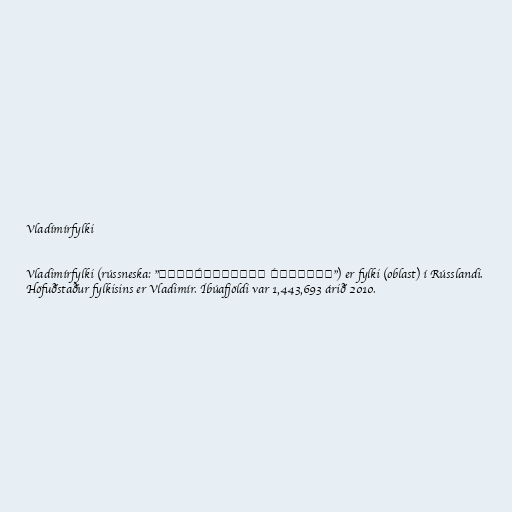
Vladímírfylki

Vladimírfylki (rússneska: "Влади́мирская о́бласть") er fylki (oblast) í Rússlandi.
Höfuðstaður fylkisins er Vladimír. Íbúafjöldi var 1,443,693 árið 2010.